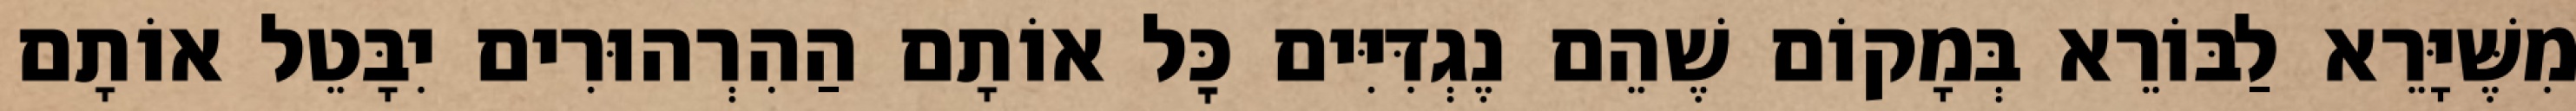
מִשֶּׁיָּרֵא לַבּוֹרֵא בְּמָקוֹם שֶׁהֵם נֶגְדִּיִּים כׇּל אוֹתָם הַהִרְהוּרִים יִבָּטֵל אוֹתָם